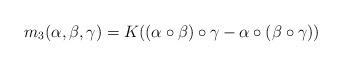
LaTeX: \begin{align*} m_3(\alpha,\beta,\gamma)=K((\alpha\circ\beta)\circ \gamma-\alpha\circ(\beta\circ \gamma)) \end{align*}